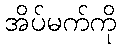
အိပ်မက်ကို